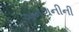
ગમગનીની